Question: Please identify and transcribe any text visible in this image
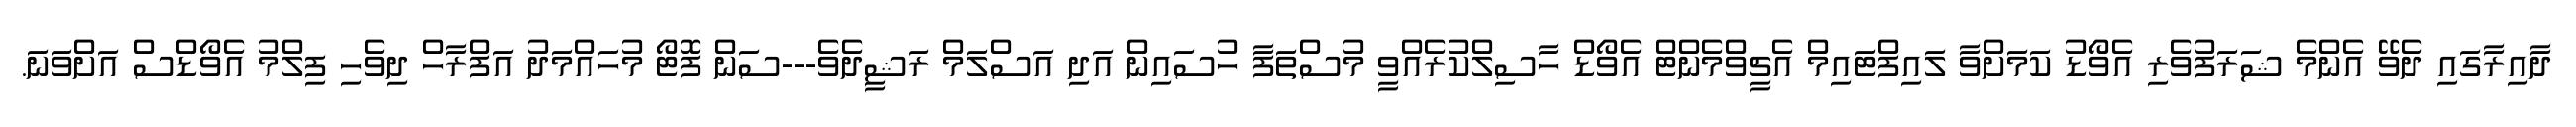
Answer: ދާއިރާގައި ދެވޭ އެންމެ ޝަރަފުވެރި އެވޯޑު ކަމަށްވާ ލައިފްޓައިމް އެޗީވްމެންޓް އެވޯޑް ހާސިލްކުރެއްވީ މުސްތަފާ ހުސައިން އަދި އަސްލަމް ރަޝީދެވެ---ސަން ފޮޓޯ މުހައްމަދު އަފްރާހް ދިވެހި ފިލްމު އެވޯޑްސް އަށްވަނަ.